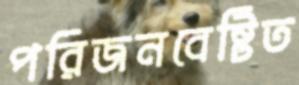
পরিজনবেষ্টিত